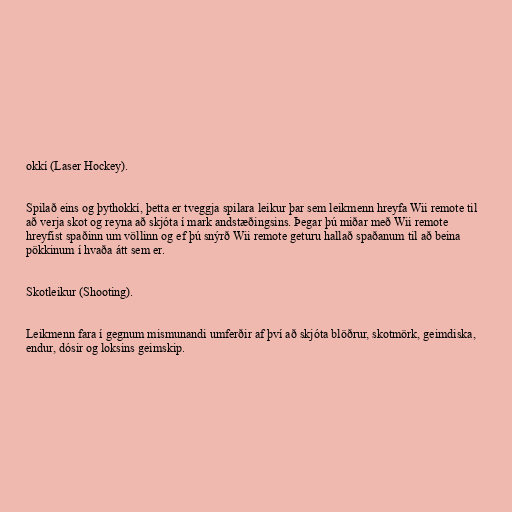
okkí (Laser Hockey).

Spilað eins og þythokkí, þetta er tveggja spilara leikur þar sem leikmenn hreyfa Wii remote til
að verja skot og reyna að skjóta í mark andstæðingsins. Þegar þú miðar með Wii remote
hreyfist spaðinn um völlinn og ef þú snýrð Wii remote geturu hallað spaðanum til að beina
pökkinum í hvaða átt sem er.

Skotleikur (Shooting).

Leikmenn fara í gegnum mismunandi umferðir af því að skjóta blöðrur, skotmörk, geimdiska,
endur, dósir og loksins geimskip.